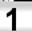
Digit: 1